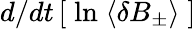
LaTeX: d/dt\left[\; \mathrm{ln}\; \langle\delta B_{\pm}\rangle\; \right]